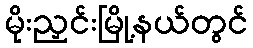
မိုးညှင်းမြို့နယ်တွင်